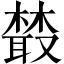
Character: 樷